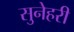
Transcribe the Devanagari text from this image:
सुनेहरी